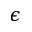
\epsilon